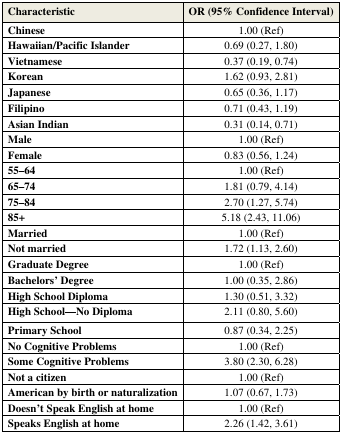
<table><thead><tr><td><b>Characteristic</b></td><td><b>OR (95% Confidence Interval)</b></td></tr></thead><tbody><tr><td><b>Chinese </b></td><td>1.00 (Ref)</td></tr><tr><td><b>Hawaiian/Pacific Islander </b></td><td>0.69 (0.27, 1.80)</td></tr><tr><td><b>Vietnamese </b></td><td>0.37 (0.19, 0.74)</td></tr><tr><td><b>Korean</b></td><td>1.62 (0.93, 2.81)</td></tr><tr><td><b>Japanese</b></td><td>0.65 (0.36, 1.17)</td></tr><tr><td><b>Filipino</b></td><td>0.71 (0.43, 1.19)</td></tr><tr><td><b>Asian Indian</b></td><td>0.31 (0.14, 0.71)</td></tr><tr><td><b>Male</b></td><td>1.00 (Ref)</td></tr><tr><td><b>Female</b></td><td>0.83 (0.56, 1.24)</td></tr><tr><td><b>55–64</b></td><td>1.00 (Ref)</td></tr><tr><td><b>65–74</b></td><td>1.81 (0.79, 4.14)</td></tr><tr><td><b>75–84</b></td><td>2.70 (1.27, 5.74)</td></tr><tr><td><b>85+</b></td><td>5.18 (2.43, 11.06)</td></tr><tr><td><b>Married</b></td><td>1.00 (Ref)</td></tr><tr><td><b>Not married</b></td><td>1.72 (1.13, 2.60)</td></tr><tr><td><b>Graduate Degree</b></td><td>1.00 (Ref)</td></tr><tr><td><b>Bachelors’ Degree</b></td><td>1.00 (0.35, 2.86)</td></tr><tr><td><b>High School Diploma</b></td><td>1.30 (0.51, 3.32)</td></tr><tr><td><b>High School—No Diploma</b></td><td>2.11 (0.80, 5.60)</td></tr><tr><td><b>Primary School</b></td><td>0.87 (0.34, 2.25)</td></tr><tr><td><b>No Cognitive Problems</b></td><td>1.00 (Ref)</td></tr><tr><td><b>Some Cognitive Problems</b></td><td>3.80 (2.30, 6.28)</td></tr><tr><td><b>Not a citizen</b></td><td>1.00 (Ref)</td></tr><tr><td><b>American by birth or naturalization</b></td><td>1.07 (0.67, 1.73)</td></tr><tr><td><b>Doesn’t Speak English at home</b></td><td>1.00 (Ref)</td></tr><tr><td><b>Speaks English at home</b></td><td>2.26 (1.42, 3.61)</td></tr></tbody></table>